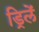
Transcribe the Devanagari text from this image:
ड्रिलें